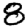
Digit: 8